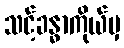
သင့်ခန္ဓာကိုယ်မှ